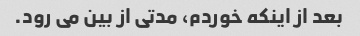
بعد از اینکه خوردم، مدتی از بین می رود.